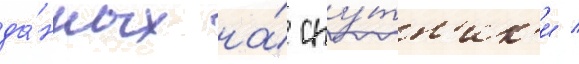
да́нных на́ спу́тн'ик'и /